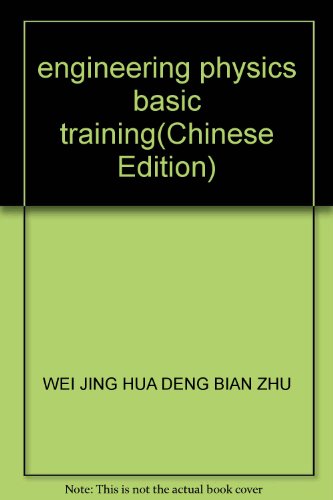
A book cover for engineering physics basic training; WEI JING HUA DENG BIAN ZHU; Science & Math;